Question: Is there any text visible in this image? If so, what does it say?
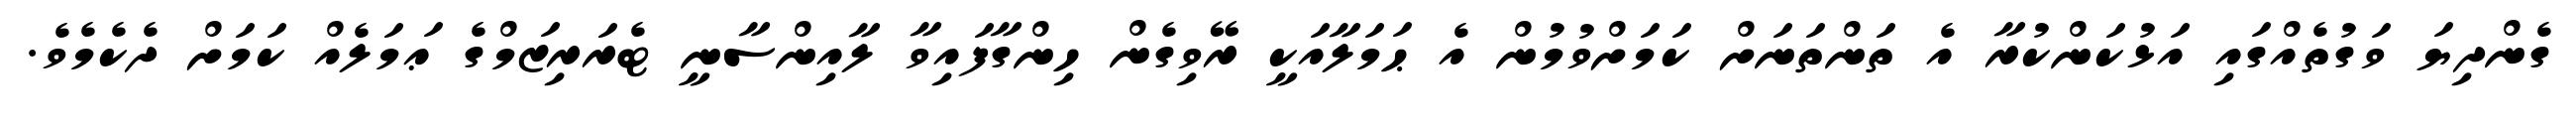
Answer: ގެންދިޔަ ވަގުތެއްގައި އަޅުކަންކުރާ އެ ތަންތަނަށް ކަމަށްވުމުން އެ ޙަމަލާއަކީ ރޭވިގެން ހިންގާފައިވާ ލާއިންސާނީ ޓެރަރިޒަމްގެ ޢަމަލެއް ކަމަށް ދެކެމެވެ.